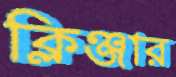
ক্লিঞ্জার